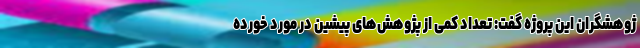
ژوهشگران این پروژه گفت: تعداد کمی از پژوهش‌های پیشین در مورد خورده